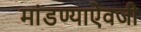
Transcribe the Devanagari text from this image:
मांडण्याऐवजी